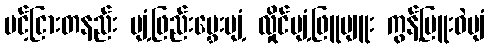
ပင့်ငြားတနည်း ပျံ့ဖြည်းမွှေးပျံ့ လှိုင်ပျံ့ဖြူပျူး ကွန့်မြူးဝဲပျံ